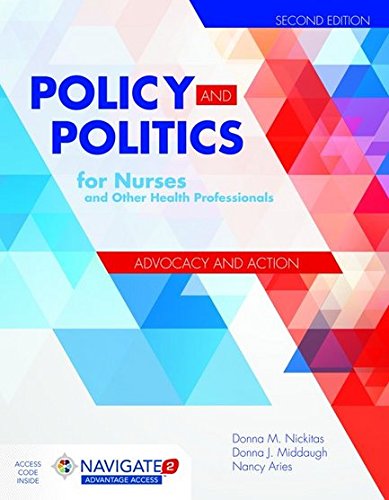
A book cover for Policy And Politics For Nurses And Other Health Professionals; Donna M. Nickitas; Medical Books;